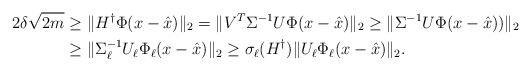
\begin{align*} 2 \delta \sqrt {2m}& \geq \|H^\dagger \Phi (x-\hat x)\|_2 = \|V^T \Sigma^{-1} U\Phi (x-\hat x)\|_2\geq \|\Sigma^{-1} U\Phi (x-\hat x))\|_2 \\ &\geq \|\Sigma^{-1}_\ell U_\ell \Phi_\ell (x-\hat x)\|_2 \geq \sigma_\ell(H^\dagger) \| U_\ell \Phi_\ell (x-\hat x)\|_2 .\end{align*}